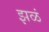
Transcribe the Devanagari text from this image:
झळं